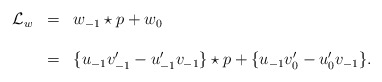
\begin{align*}\begin{array}{lcl}{\mathcal L}_{w}&=& w_{-1}\star p+w_0\\\\&=& \{u_{-1}v'_{-1}-u'_{-1}v_{-1}\}\star p +\{u_{-1}v'_{0}-u'_{0}v_{-1}\}.\end{array}\end{align*}